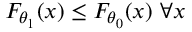
F _ { \theta _ { 1 } } ( x ) \leq F _ { \theta _ { 0 } } ( x ) \ \forall x